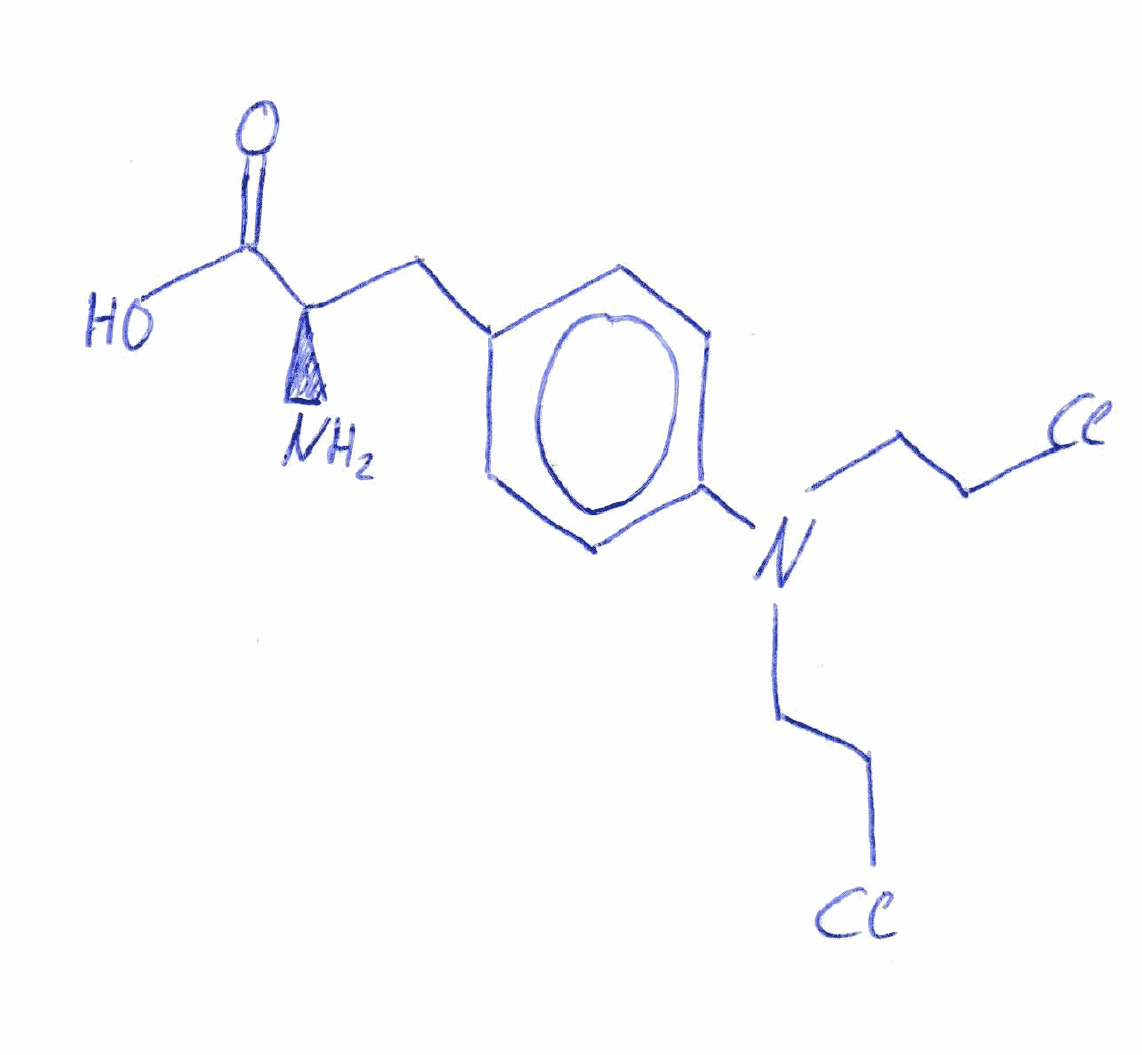
Simplified molecular-input line-entry system (SMILES) notation of the given molecule:
C1=CC(=CC=C1C[C@H](C(=O)O)N)N(CCCl)CCCl